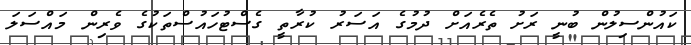
ކައުންސިލުން ބުނީ ރަށު ތެރެއަށް ދުމުގެ އަސަރު ކުރާތީ ގެސްޓުހައުސްތަކުގެ ވެރިން މައްސަލަ